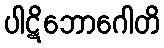
ပါဋိဘောဂေါတိ